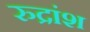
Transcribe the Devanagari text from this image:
रुद्रांश